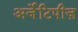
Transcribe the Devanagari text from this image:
अर्जेटिपीज़